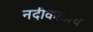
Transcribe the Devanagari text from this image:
नदीकाठीच